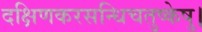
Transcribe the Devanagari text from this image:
दक्षिणकरसन्धिचतुष्केषु।